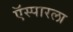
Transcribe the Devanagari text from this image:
ऍस्पारला